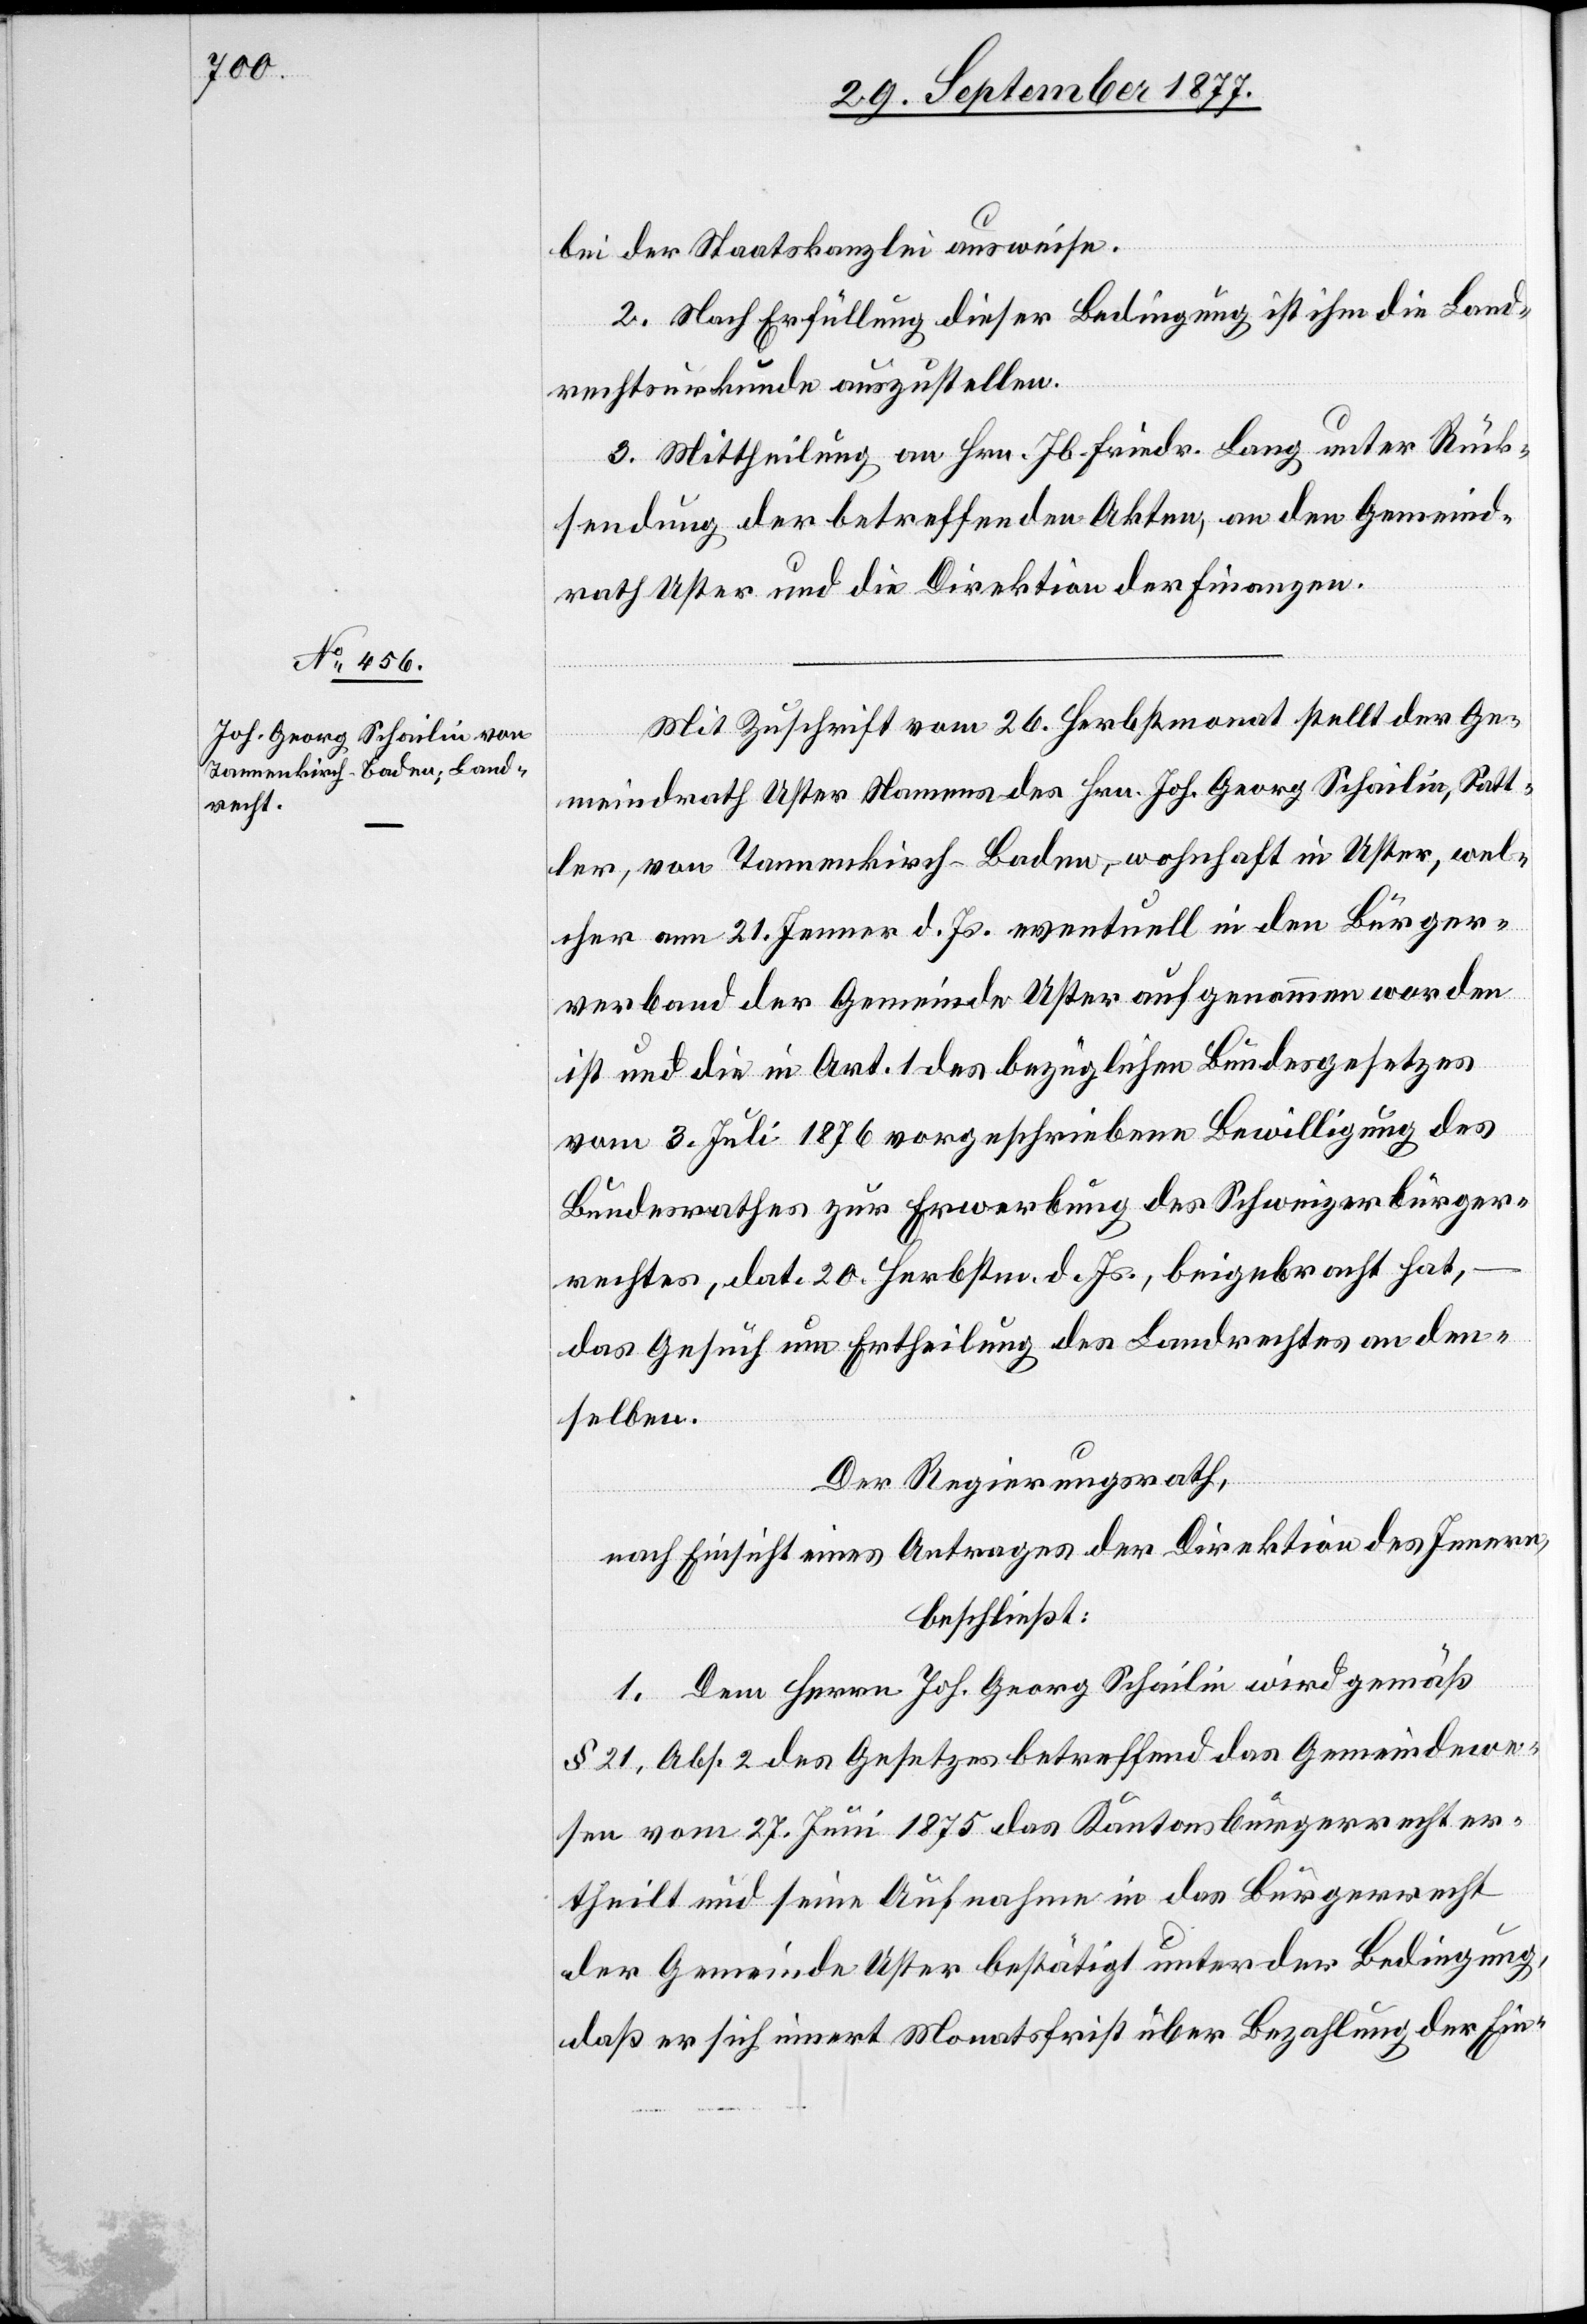
bei der Staatskanzlei ausweise.
2. Nach Erfüllung dieser Bedingung ist ihm die Land¬
rechtsurkunde auszustellen.
3. Mittheilung an Hrn. Jb. Friedr. Lang unter Rück¬
sendung der betreffenden Akten, an den Gemeind¬
rath Uster und die Direktion der Finanzen.
Mit Zuschrift vom 26. Herbstmonat stellt der Ge¬
meindrath Uster Namens des Hrn. Joh. Georg Schailin, Satt¬
ler, von Tannenkirch - Baden, wohnhaft in Uster, wel¬
cher am 21. Jenner d. Js. eventuell in den Bürger¬
verband der Gemeinde Uster aufgenommen worden
ist und die in Art. 1 des bezüglichen Bundesgesetzes
vom 3. Juli 1876 vorgeschriebene Bewilligung des
Bundesrathes zur Erwerbung des Schweizerbürger¬
rechtes, dat. 20. Herbstm. d. Js., beigebracht hat,
das Gesuch um Ertheilung des Landrechtes an den¬
selben.
Der Regierungsrath,
nach Einsicht eines Antrages der Direktion des Innern,
beschließt:
1. Dem Herrn Joh. Georg Schailin wird gemäß
§ 21, Abs. 2 des Gesetzes betreffend das Gemeindewe¬
sen vom 27. Juni 1875 das Kantonsbürgerrecht er¬
theilt und seine Aufnahme in das Bürgerrecht
der Gemeinde Uster bestätigt unter der Bedingung,
daß er sich innert Monatsfrist über Bezahlung der Ein-